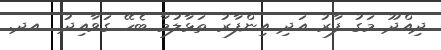
ދިއްދޫ މަގު ފާރު އަދި އިންފާރު ތަޅާލުމާ ބެހޭ ގަވާއިދު  އދ.